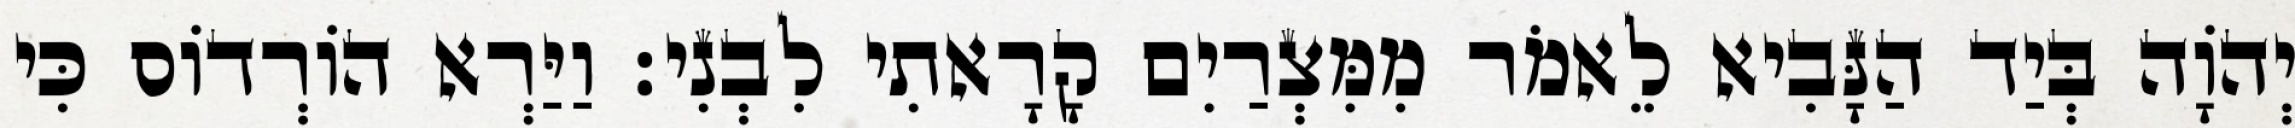
יְהוָֹה בְּיַד הַנָּבִיא לֵאמֹר מִמִּצְרַיִם קָרָאתִי לִבְנִי׃ וַיַּרְא הוֹרְדוֹס כִּי